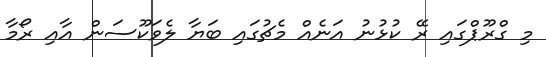
މި ގްރޫޕްގައި ރޭ ކުޅުނު އަނެއް މެޗުގައި ބަޔާ ލެވަކޫސަން އާއި ރޯމާ